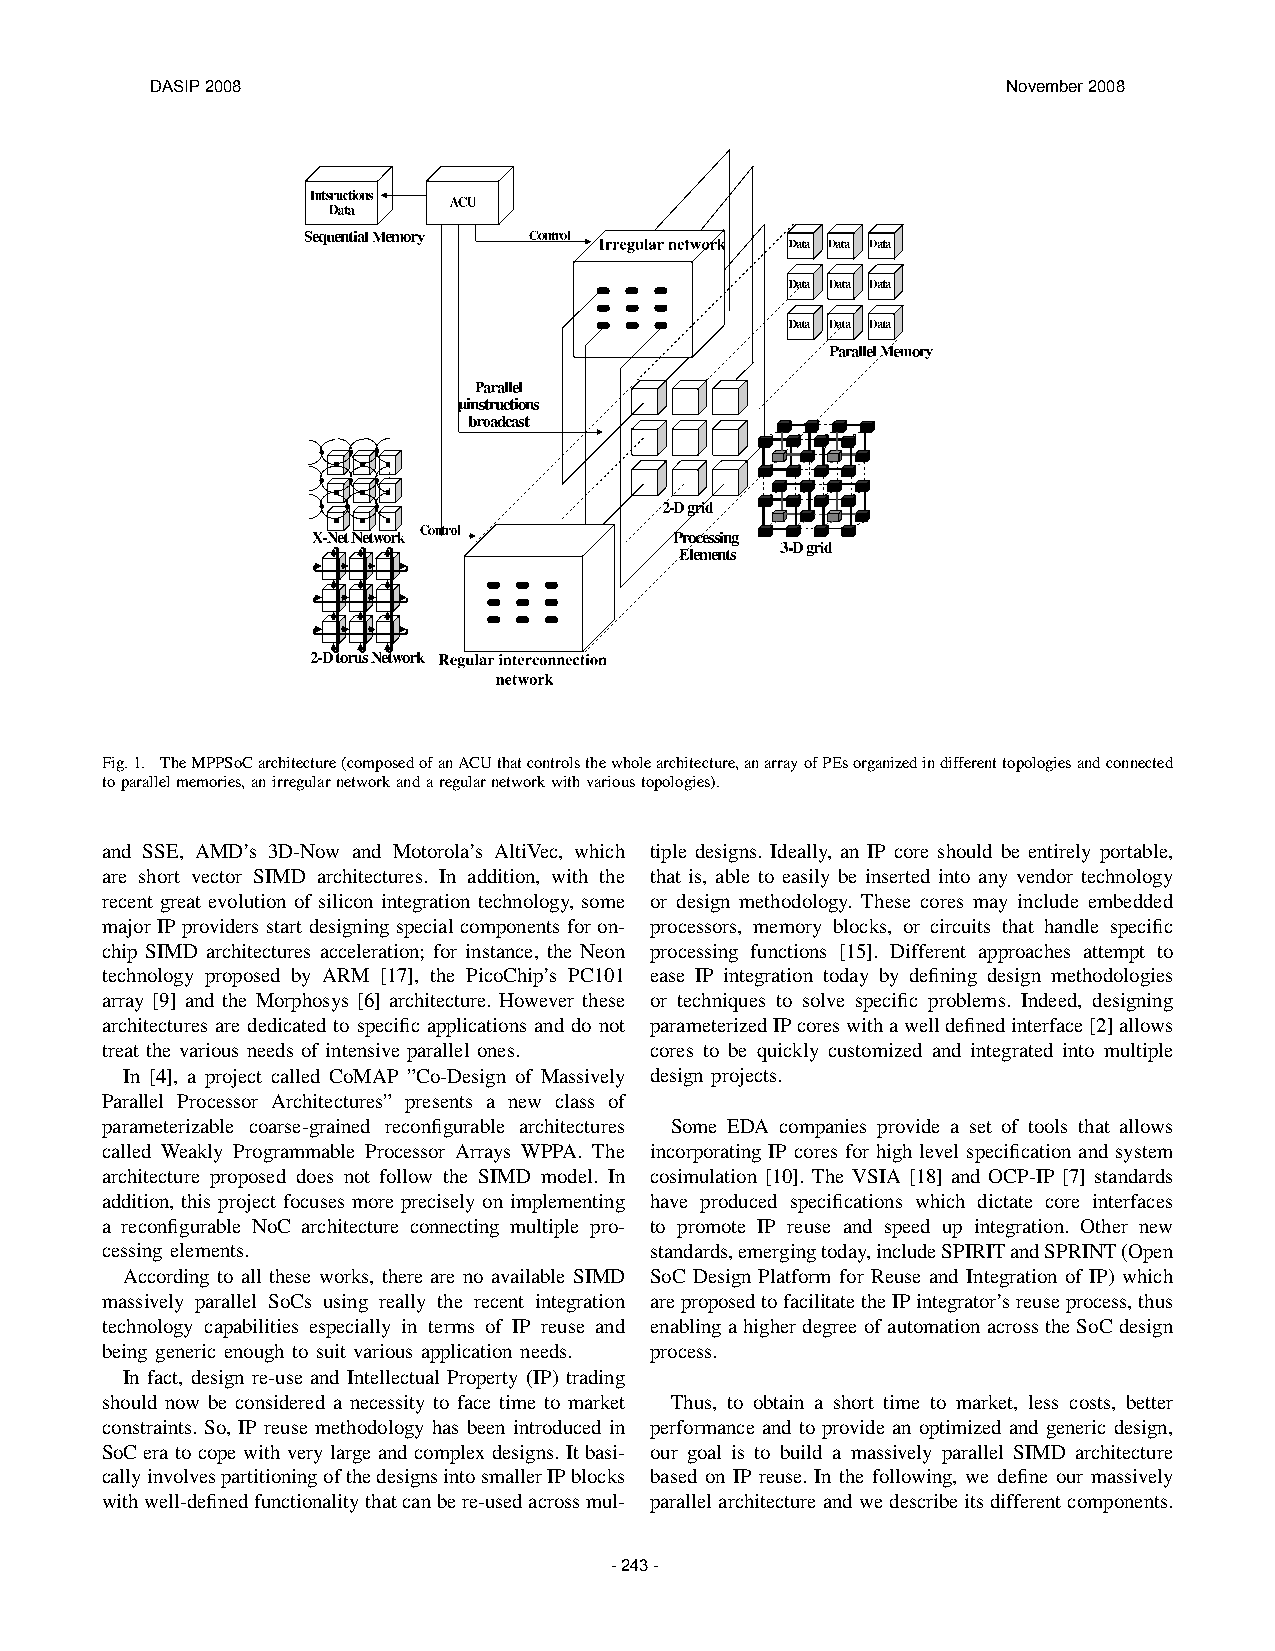
DASIP 2008                                               November 2008
 Fig.1. TheMPPSoCarchitecture(composedofanACUthatcontrolsthewholearchitecture,anarrayofPEsorganizedindifferenttopologiesandconnected
 toparallelmemories,anirregularnetworkandaregularnetworkwithvarioustopologies).
 and SSE, AMD’s 3D-Now and Motorola’s AltiVec, which tiple designs. Ideally, an IP core should be entirely portable,
 are short vector SIMD architectures. In addition, with the that is, able to easily be inserted into any vendor technology
 recent great evolution of silicon integration technology, some or design methodology. These cores may include embedded
 major IP providers start designing special components for on- processors, memory blocks, or circuits that handle specific
 chip SIMD architectures acceleration; for instance, the Neon processing functions [15]. Different approaches attempt to
 technology proposed by ARM [17], the PicoChip’s PC101 ease IP integration today by defining design methodologies
 array [9] and the Morphosys [6] architecture. However these or techniques to solve specific problems. Indeed, designing
 architectures are dedicated to specific applications and do not parameterizedIPcoreswithawelldefinedinterface[2]allows
 treat the various needs of intensive parallel ones. cores to be quickly customized and integrated into multiple
 In [4], a project called CoMAP ”Co-Design of Massively design projects.
 Parallel Processor Architectures” presents a new class of
 parameterizable coarse-grained reconfigurable architectures Some EDA companies provide a set of tools that allows
 called Weakly Programmable Processor Arrays WPPA. The incorporating IP cores for high level specification and system
 architecture proposed does not follow the SIMD model. In cosimulation [10]. The VSIA [18] and OCP-IP [7] standards
 addition, this project focuses more precisely on implementing have produced specifications which dictate core interfaces
 a reconfigurable NoC architecture connecting multiple pro- to promote IP reuse and speed up integration. Other new
 cessing elements.                   standards,emergingtoday,includeSPIRITandSPRINT(Open
 According to all these works, there are no available SIMD SoC Design Platform for Reuse and Integration of IP) which
 massively parallel SoCs using really the recent integration areproposedtofacilitatetheIPintegrator’sreuseprocess,thus
 technology capabilities especially in terms of IP reuse and enabling a higher degree of automation across the SoC design
 being generic enough to suit various application needs. process.
 In fact, design re-use and Intellectual Property (IP) trading
 should now be considered a necessity to face time to market Thus, to obtain a short time to market, less costs, better
 constraints. So, IP reuse methodology has been introduced in performance and to provide an optimized and generic design,
 SoC era to cope with very large and complex designs. It basi- our goal is to build a massively parallel SIMD architecture
 callyinvolvespartitioningofthedesignsintosmallerIPblocks based on IP reuse. In the following, we define our massively
 withwell-definedfunctionalitythatcanbere-usedacrossmul- parallelarchitectureandwedescribeitsdifferentcomponents.
 - 243 -